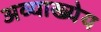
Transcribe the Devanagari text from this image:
अव्याख्येय